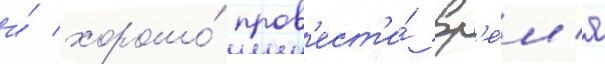
и́ хорошо́ пров'ест'и́ вр'е́м'я